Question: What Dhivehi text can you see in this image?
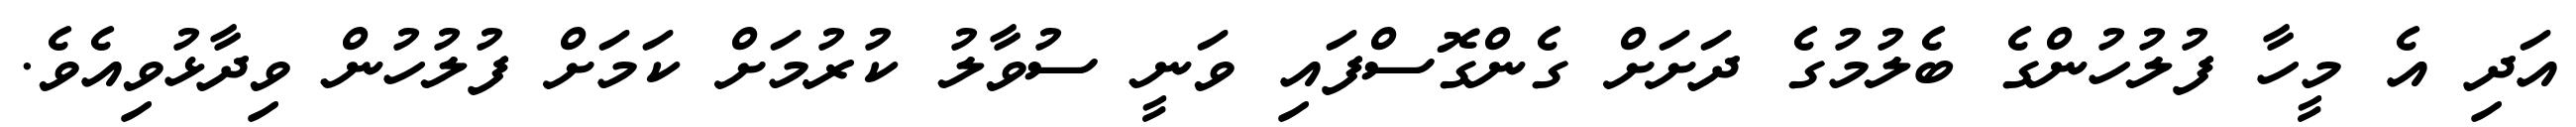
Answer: އަދި އެ މީހާ ފުލުހުންގެ ބެލުމުގެ ދަށަށް ގެންގޮސްފައި ވަނީ ސުވާލު ކުރުމަށް ކަމަށް ފުލުހުން ވިދާޅުވިއެވެ.